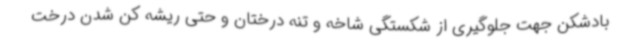
بادشکن جهت جلوگیری از شکستگی شاخه و تنه درختان و حتی ریشه کن شدن درخت